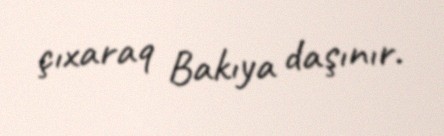
çıxaraq Bakıya daşınır.